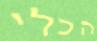
הכלי